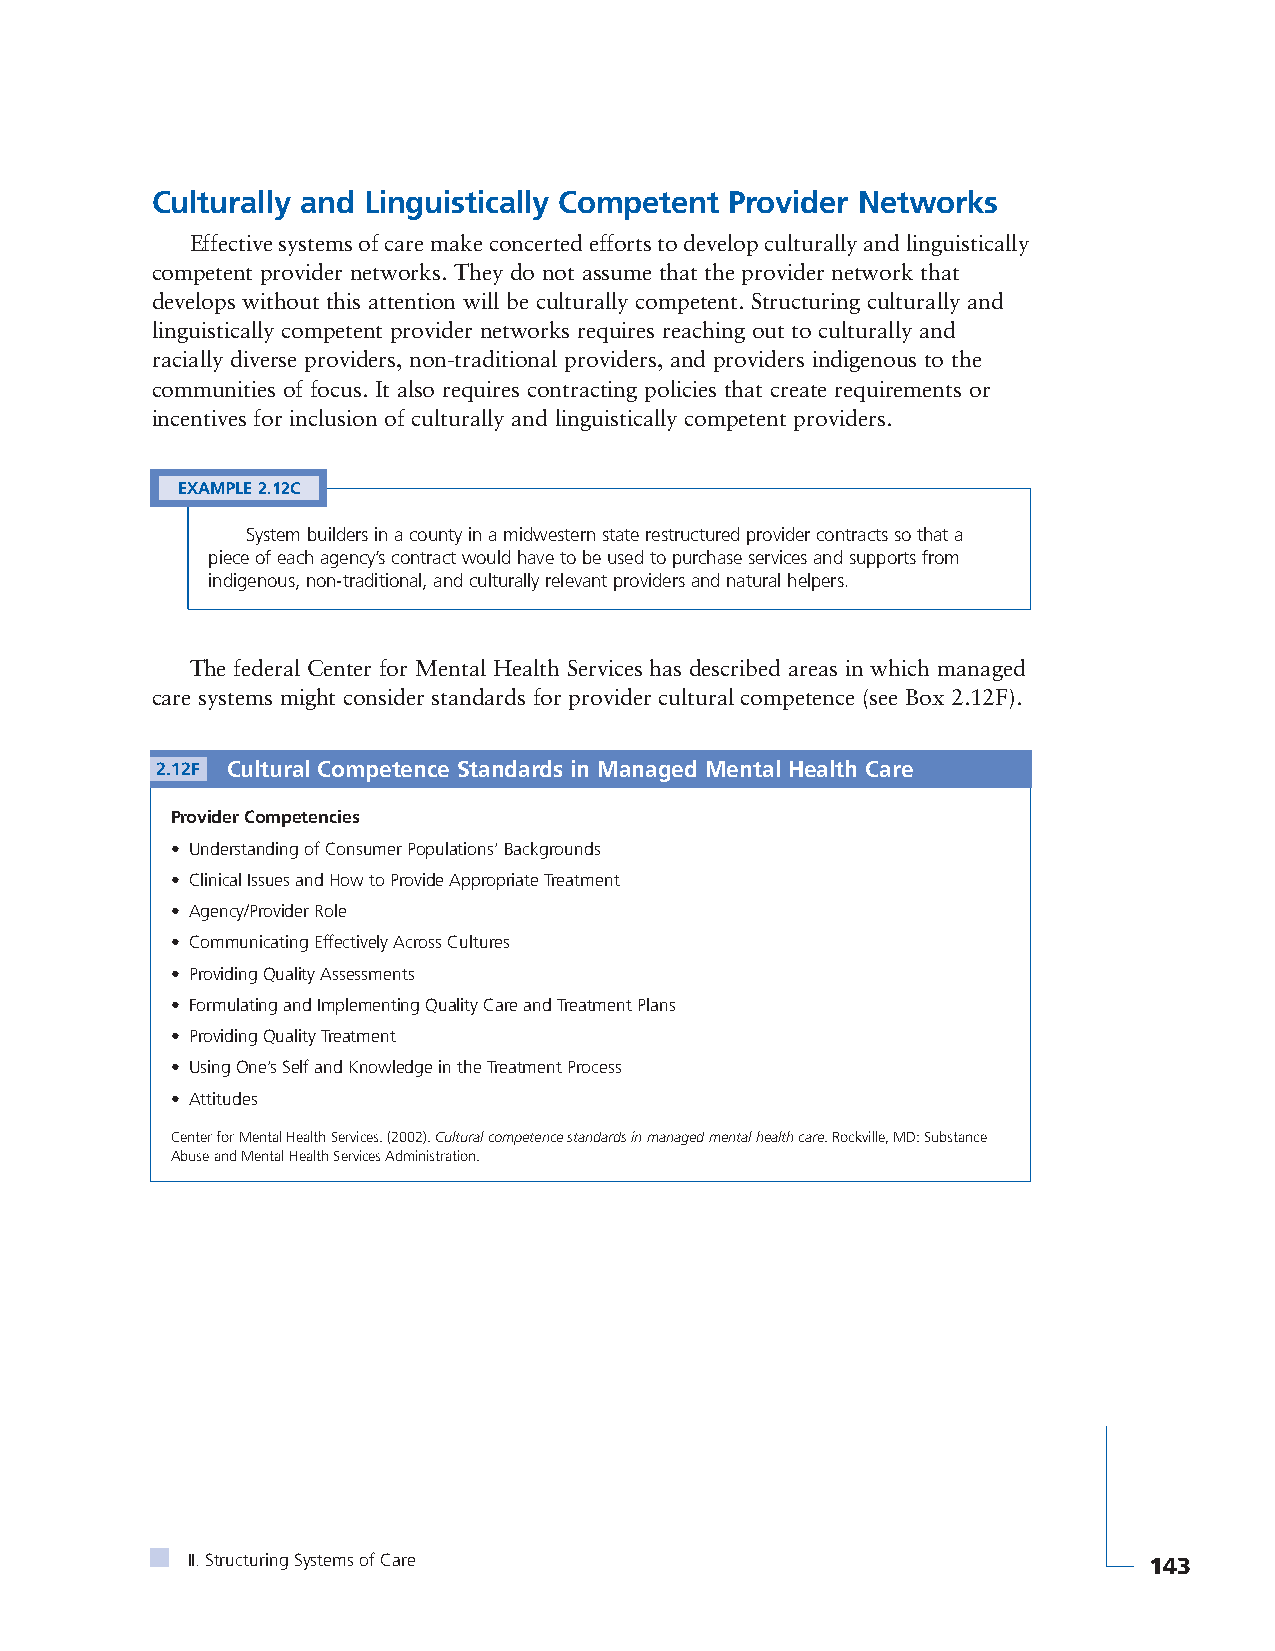
Culturally and Linguistically Competent Provider Networks
 Effective systems of care make concerted efforts to develop culturally and linguistically
 competent provider networks. They do not assume that the provider network that
 develops without this attention will be culturally competent. Structuring culturally and
 linguistically competent provider networks requires reaching out to culturally and
 racially diverse providers, non-traditional providers, and providers indigenous to the
 communities of focus. It also requires contracting policies that create requirements or
 incentives for inclusion of culturally and linguistically competent providers.
 EXAMPLE 2.12C
 System builders in a county in a midwestern state restructured provider contracts so that a
 piece of each agency’s contract would have to be used to purchase services and supports from
 indigenous, non-traditional, and culturally relevant providers and natural helpers.
 The federal Center for Mental Health Services has described areas in which managed
 care systems might consider standards for provider cultural competence (see Box 2.12F).
 2.12F Cultural Competence Standards in Managed Mental Health Care
 Provider Competencies
 • Understanding of Consumer Populations’ Backgrounds
 • Clinical Issues and How to Provide Appropriate Treatment
 • Agency/Provider Role
 • Communicating Effectively Across Cultures
 • Providing Quality Assessments
 • Formulating and Implementing Quality Care and Treatment Plans
 • Providing Quality Treatment
 • Using One’s Self and Knowledge in the Treatment Process
 • Attitudes
 Center for Mental Health Services. (2002). Cultural competence standards in managed mental health care. Rockville, MD: Substance
 Abuse and Mental Health Services Administration.
 II. Structuring Systems of Care                                 143